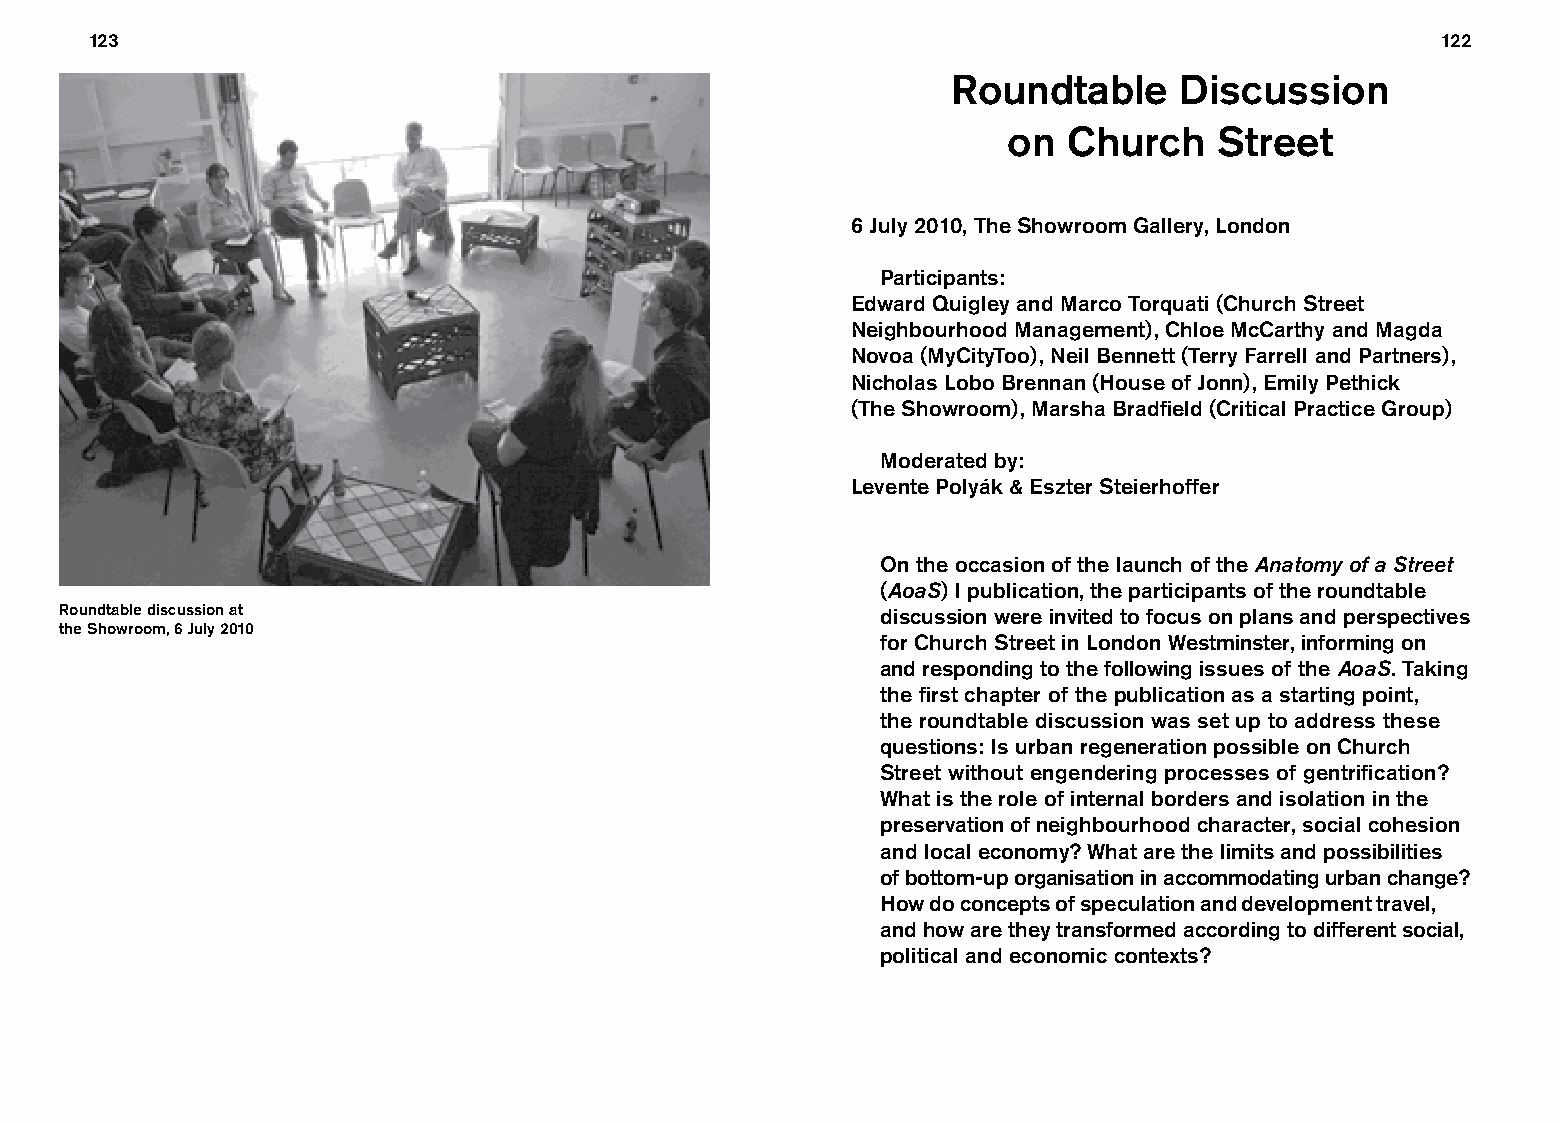
123                                                                                      122
 Roundtable     Discussion
 on  Church    Street
 6 July 2010, The Showroom Gallery, London
 Participants:
 Edward Quigley and Marco Torquati (Church Street
 Neighbourhood Management), Chloe McCarthy and Magda
 Novoa (MyCityToo), Neil Bennett (Terry Farrell and Partners),
 Nicholas Lobo Brennan (House of Jonn), Emily Pethick
 (The Showroom), Marsha Bradfield (Critical Practice Group)
 Moderated by:
 Levente Polyák & Eszter Steierhoffer
 On the occasion of the launch of the Anatomy of a Street
 (AoaS) I publication, the participants of the roundtable
 Roundtable discussion at                              discussion were invited to focus on plans and perspectives
 the Showroom, 6 July 2010
 for Church Street in London Westminster, informing on
 and responding to the following issues of the AoaS. Taking
 the first chapter of the publication as a starting point,
 the roundtable discussion was set up to address these
 questions: Is urban regeneration possible on Church
 Street without engen dering processes of gentrification?
 What is the role of internal borders and isolation in the
 preservation of neighbourhood character, social cohesion
 and local economy? What are the limits and possibilities
 of bottom-up organisation in accommodating urban change?
 How do concepts of speculation and development travel,
 and how are they transformed according to different social,
 political and economic contexts?